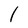
Character: I